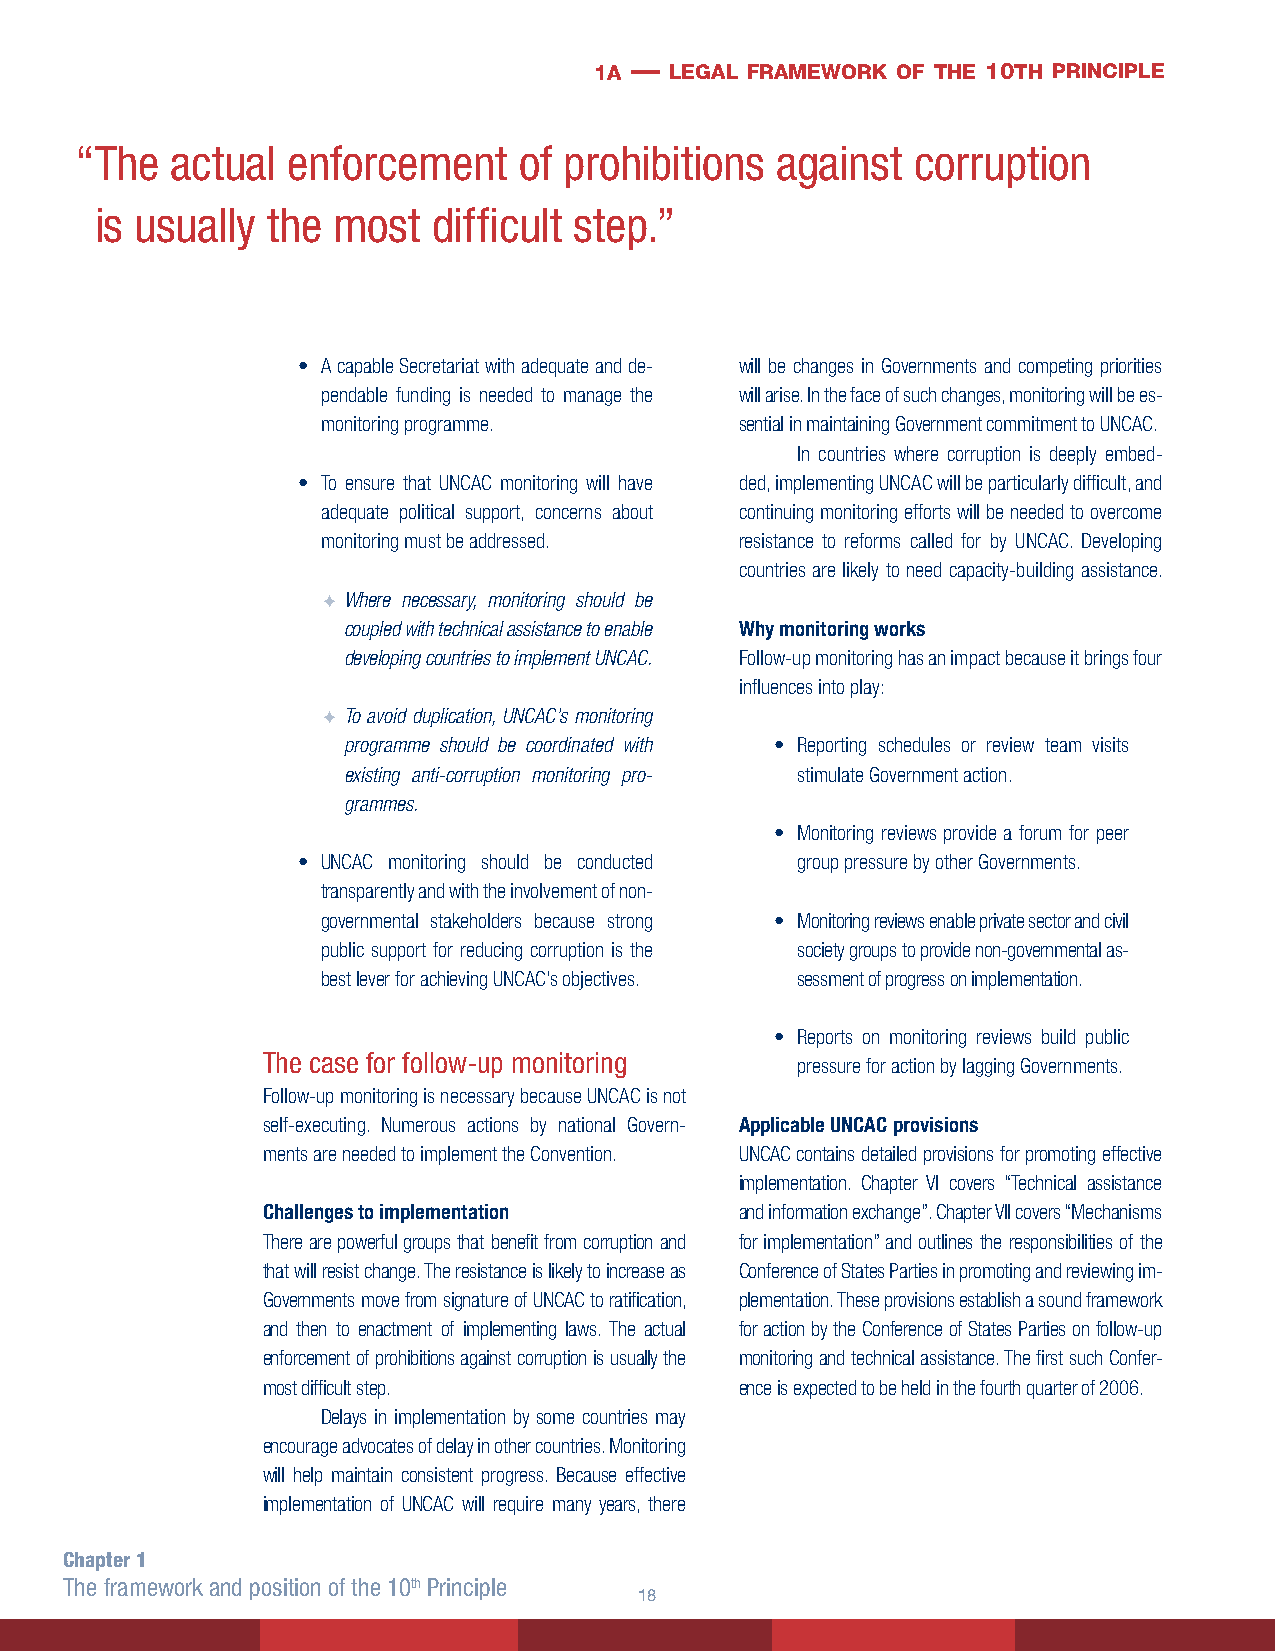
1a — legal framework of the 10th principle
 “ The actual  enforcement    of prohibitions  against   corruption
 is usually  the most   difficult step.”
 • A capable Secretariat with adequate and de- will be changes in Governments and competing priorities
 pendable funding is needed to manage the will arise. In the face of such changes, monitoring will be es-
 monitoring programme.       sential in maintaining Government commitment to UNCAC.
 In countries where corruption is deeply embed-
 • To ensure that UNCAC monitoring will have ded, implementing UNCAC will be particularly difficult, and
 adequate political support, concerns about continuing monitoring efforts will be needed to overcome
 monitoring must be addressed. resistance to reforms called for by UNCAC. Developing
 countries are likely to need capacity-building assistance.
 F Where necessary, monitoring should be
 coupled with technical assistance to enable Why monitoring works
 developing countries to implement UNCAC. Follow-up monitoring has an impact because it brings four
 influences into play:
 F To avoid duplication, UNCAC’s monitoring
 programme should be coordinated with • Reporting schedules or review team visits
 existing anti-corruption monitoring pro- stimulate Government action.
 grammes.
 • Monitoring reviews provide a forum for peer
 • UNCAC monitoring should be conducted group pressure by other Governments.
 transparently and with the involvement of non-
 governmental stakeholders because strong • Monitoring reviews enable private sector and civil
 public support for reducing corruption is the society groups to provide non-governmental as-
 best lever for achieving UNCAC’s objectives. sessment of progress on implementation.
 • Reports on monitoring reviews build public
 The case for follow-up monitoring
 pressure for action by lagging Governments.
 Follow-up monitoring is necessary because UNCAC is not
 self-executing. Numerous actions by national Govern- Applicable UNCAC provisions
 ments are needed to implement the Convention. UNCAC contains detailed provisions for promoting effective
 implementation. Chapter VI covers “Technical assistance
 Challenges to implementation    and information exchange”. Chapter VII covers “Mechanisms
 There are powerful groups that benefit from corruption and for implementation” and outlines the responsibilities of the
 that will resist change. The resistance is likely to increase as Conference of States Parties in promoting and reviewing im-
 Governments move from signature of UNCAC to ratification, plementation. These provisions establish a sound framework
 and then to enactment of implementing laws. The actual for action by the Conference of States Parties on follow-up
 enforcement of prohibitions against corruption is usually the monitoring and technical assistance. The first such Confer-
 most difficult step.            ence is expected to be held in the fourth quarter of 2006.
 Delays in implementation by some countries may
 encourage advocates of delay in other countries. Monitoring
 will help maintain consistent progress. Because effective
 implementation of UNCAC will require many years, there
 Chapter 1
 The framework and position of the 10th Principle
 18